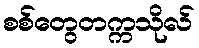
စစ်တွေတက္ကသိုလ်